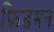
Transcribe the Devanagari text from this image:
फ्रिडमन